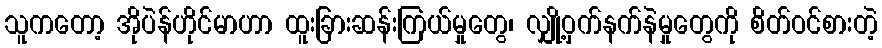
သူကတော့ အိုပဲန်ဟိုင်မာဟာ ထူးခြားဆန်းကြယ်မှုတွေ၊ လျှို့ဝှက်နက်နဲမှုတွေကို စိတ်ဝင်စားတဲ့